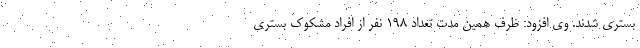
بستری شدند. وی افزود: ظرف همین مدت تعداد ۱۹۸ نفر از افراد مشکوک بستری